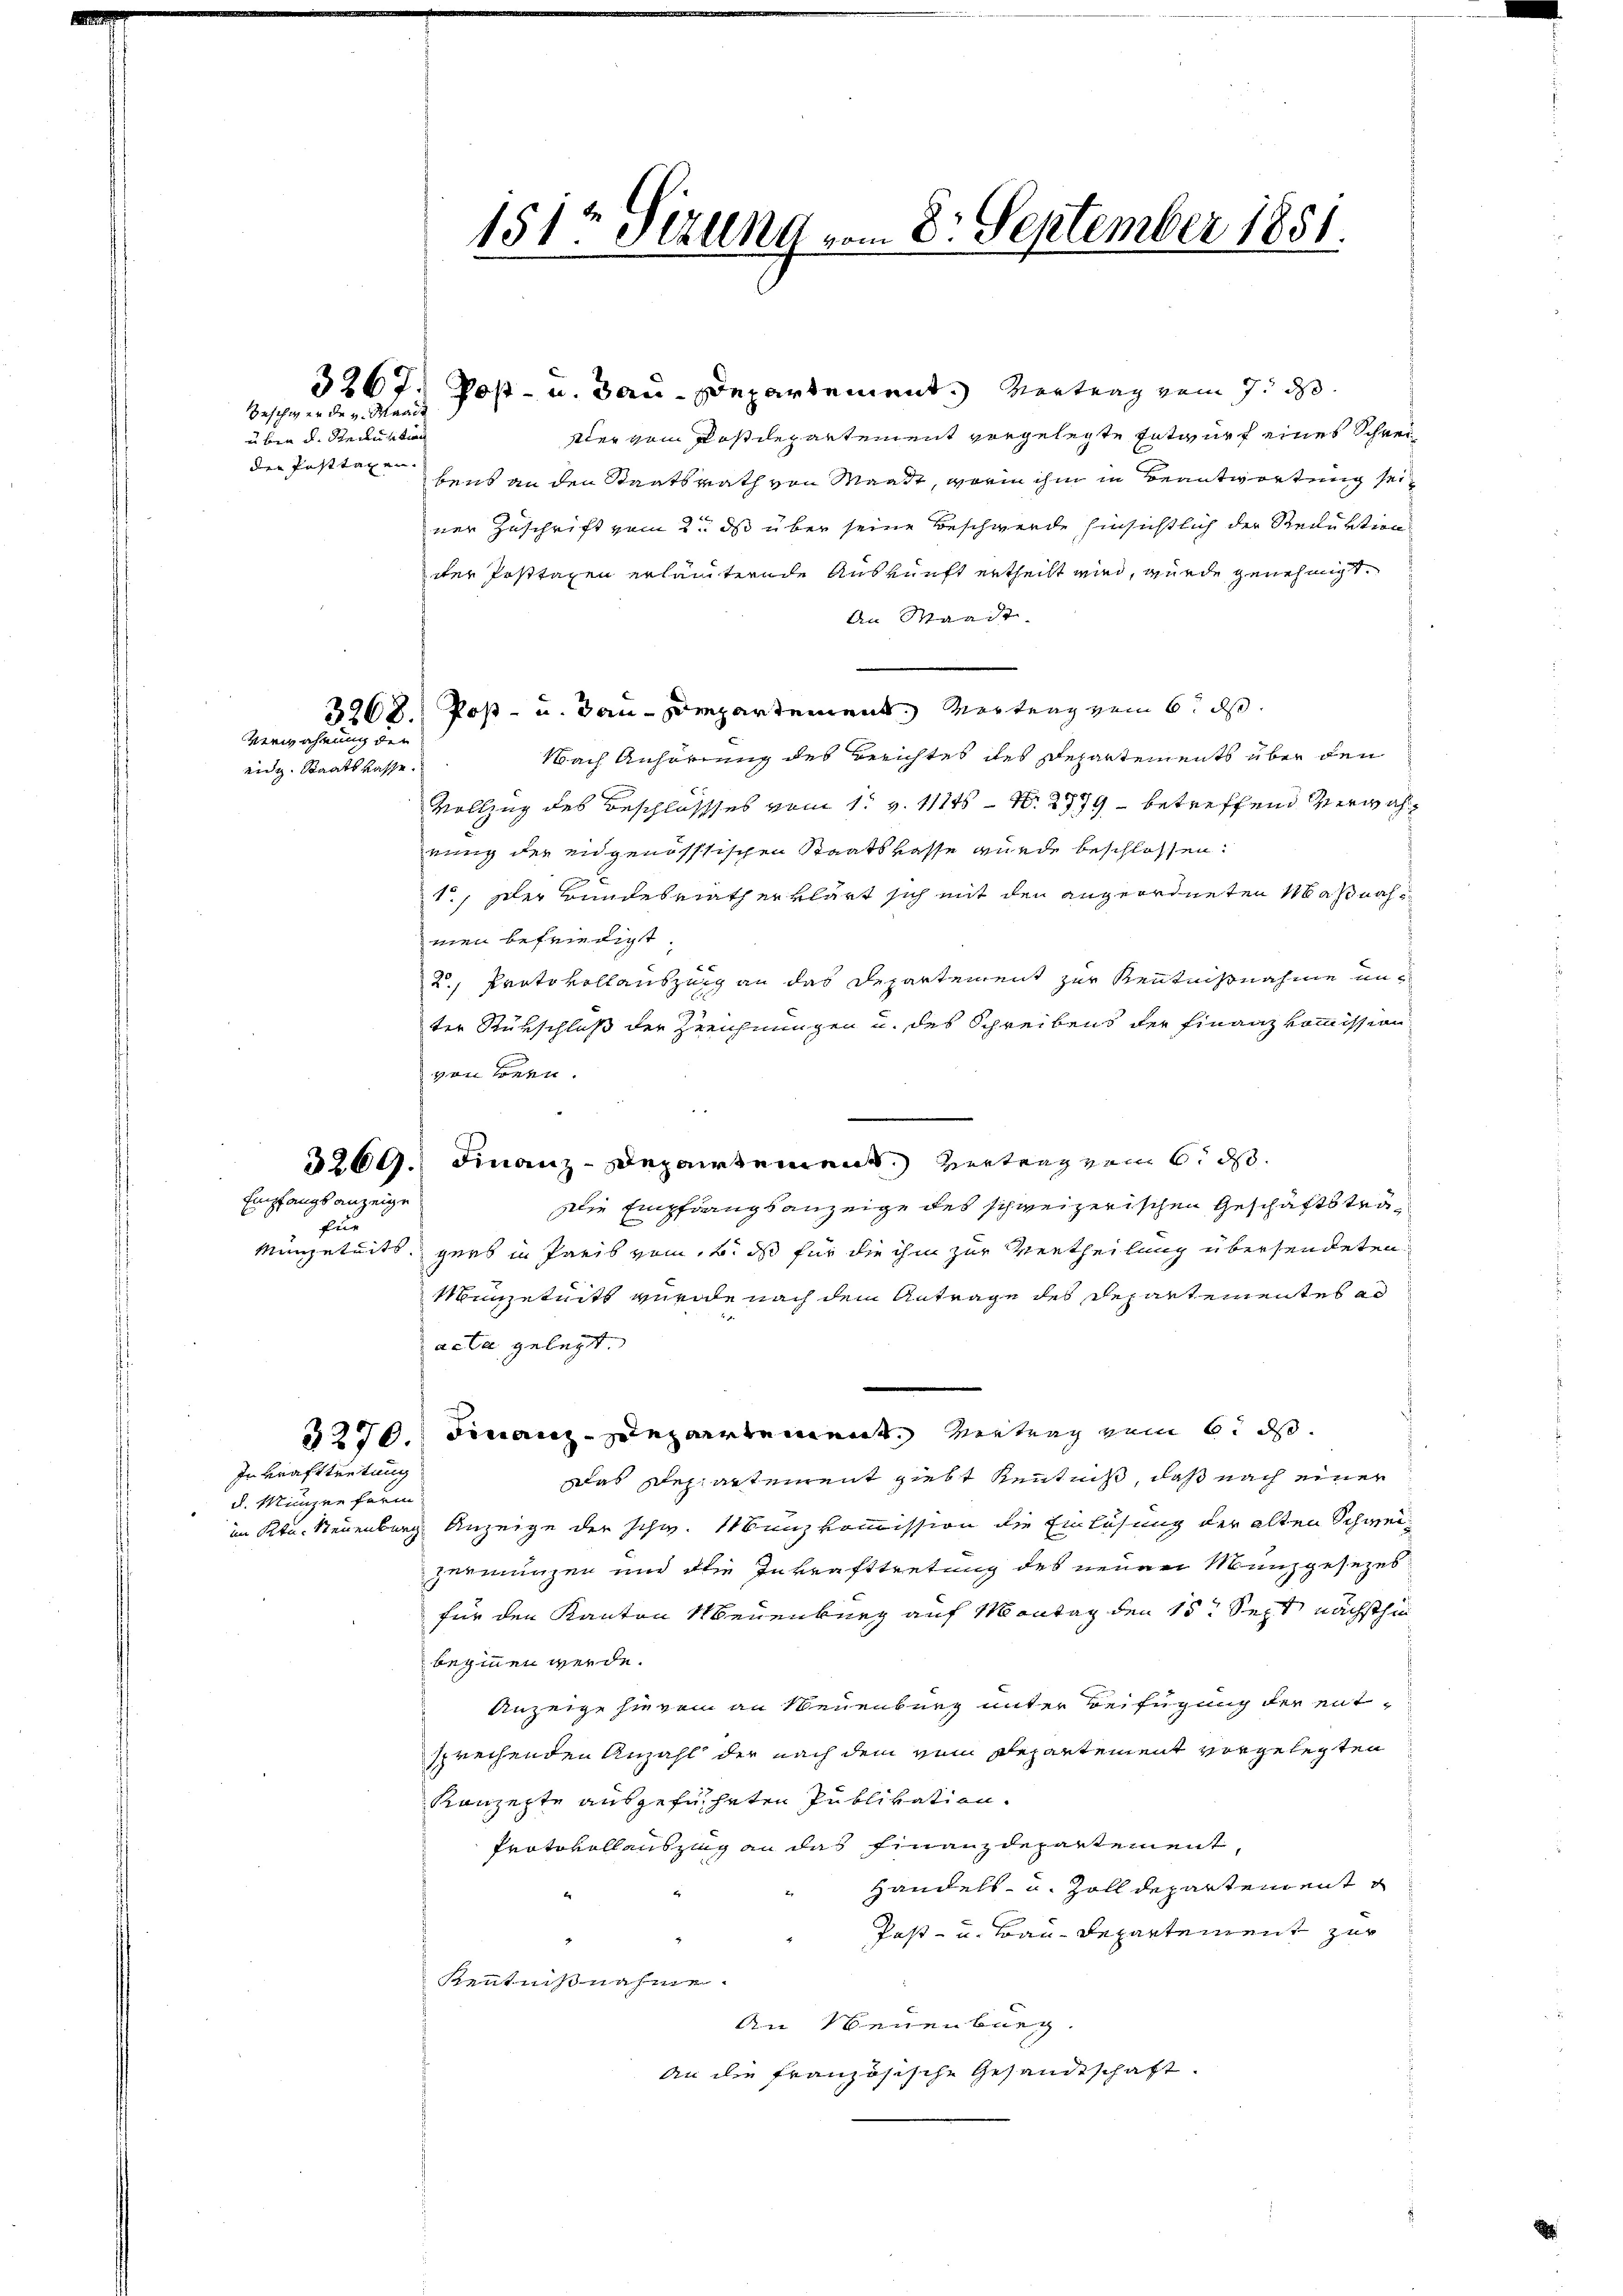
üben d. Steckunitio
der Posttagen.

Geschwerde v. Mande

eidg. Staatskasse.

Verwahrung der

Empfangs anzeige
für

In Krafttretung

u. Münzer form

151 Sizung vom 8. September 1851.

3267. Post- u. Bau-Departement. Vertrag vom 7. d.
Der vom Postdepartement vorgelegte Entwurf eines Schreibens an den Staatsrath von Waadt, worin ihn in Beantwortung seiner Zuschrift vom 2. ds über seine Beschwerde hinsichtlich der Reduktion
der Posttaxen erläuternde Auskunft ertheilt wird, wurde genehmigt.
An Waadt.
3268. Post- u. Bau-Compartement. Mertung vom 6. ds.
Nach Anhörung des Berichtes des Departements über den
Vollzug des Beschlossses vom 1. v. 111ts - No 2779 betreffend verwahrung der eidgenössischen Staatskasse wurde beschlossen:
1., Der Bundesrath erklärt sich mit den angeordneten Maßnahmen befriedigt.
2., Protokollauszung an das Departement zur Kenntnisnahme unter Rükschluß der Zeichnungen u. des Schreibens der Finanzkommission
von Bern.
.
3269. Finanz-Departement Vertrag vom 6. ds.
Die Empfangsanzeige des schweizerischen Geschäftsträ¬
Mingeteits gers in Preis vom 2. ds für die ihm zur Vertheilung übersendeten
Minzeleits wurde nach dem Antrage des Repartementel ad
acta gelegt.
3270. Finanz-Departement. Vertrag zum 6. ds.
Das Departement giebt Kenntniß, daß nach einer
im Ktn. Neuenburg Anzeige der schw. Münzkommission die Einlösung der alten Schweizermungen und die Inkrafttretung des neuen Manzgesezes
für den Kanton Neuenburg auf Montag den 15t Sept. nächsthin
beginnen werde.
Anzeige hievon an Neuenburg unter Beifügung der entsprechenden Anzahl der nach dem vom Departement vorgelegten
Konzepte ausgeführten Publikation.
Protokoll auszug an das Finanzdepartement,
Handels- u. Zolldepartement
Post- u. Bau Repartement zur
Kenntnißnahme.
An Neuenburg.
An die französische Gesandtschaft.